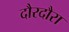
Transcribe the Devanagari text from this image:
दौरदौरा